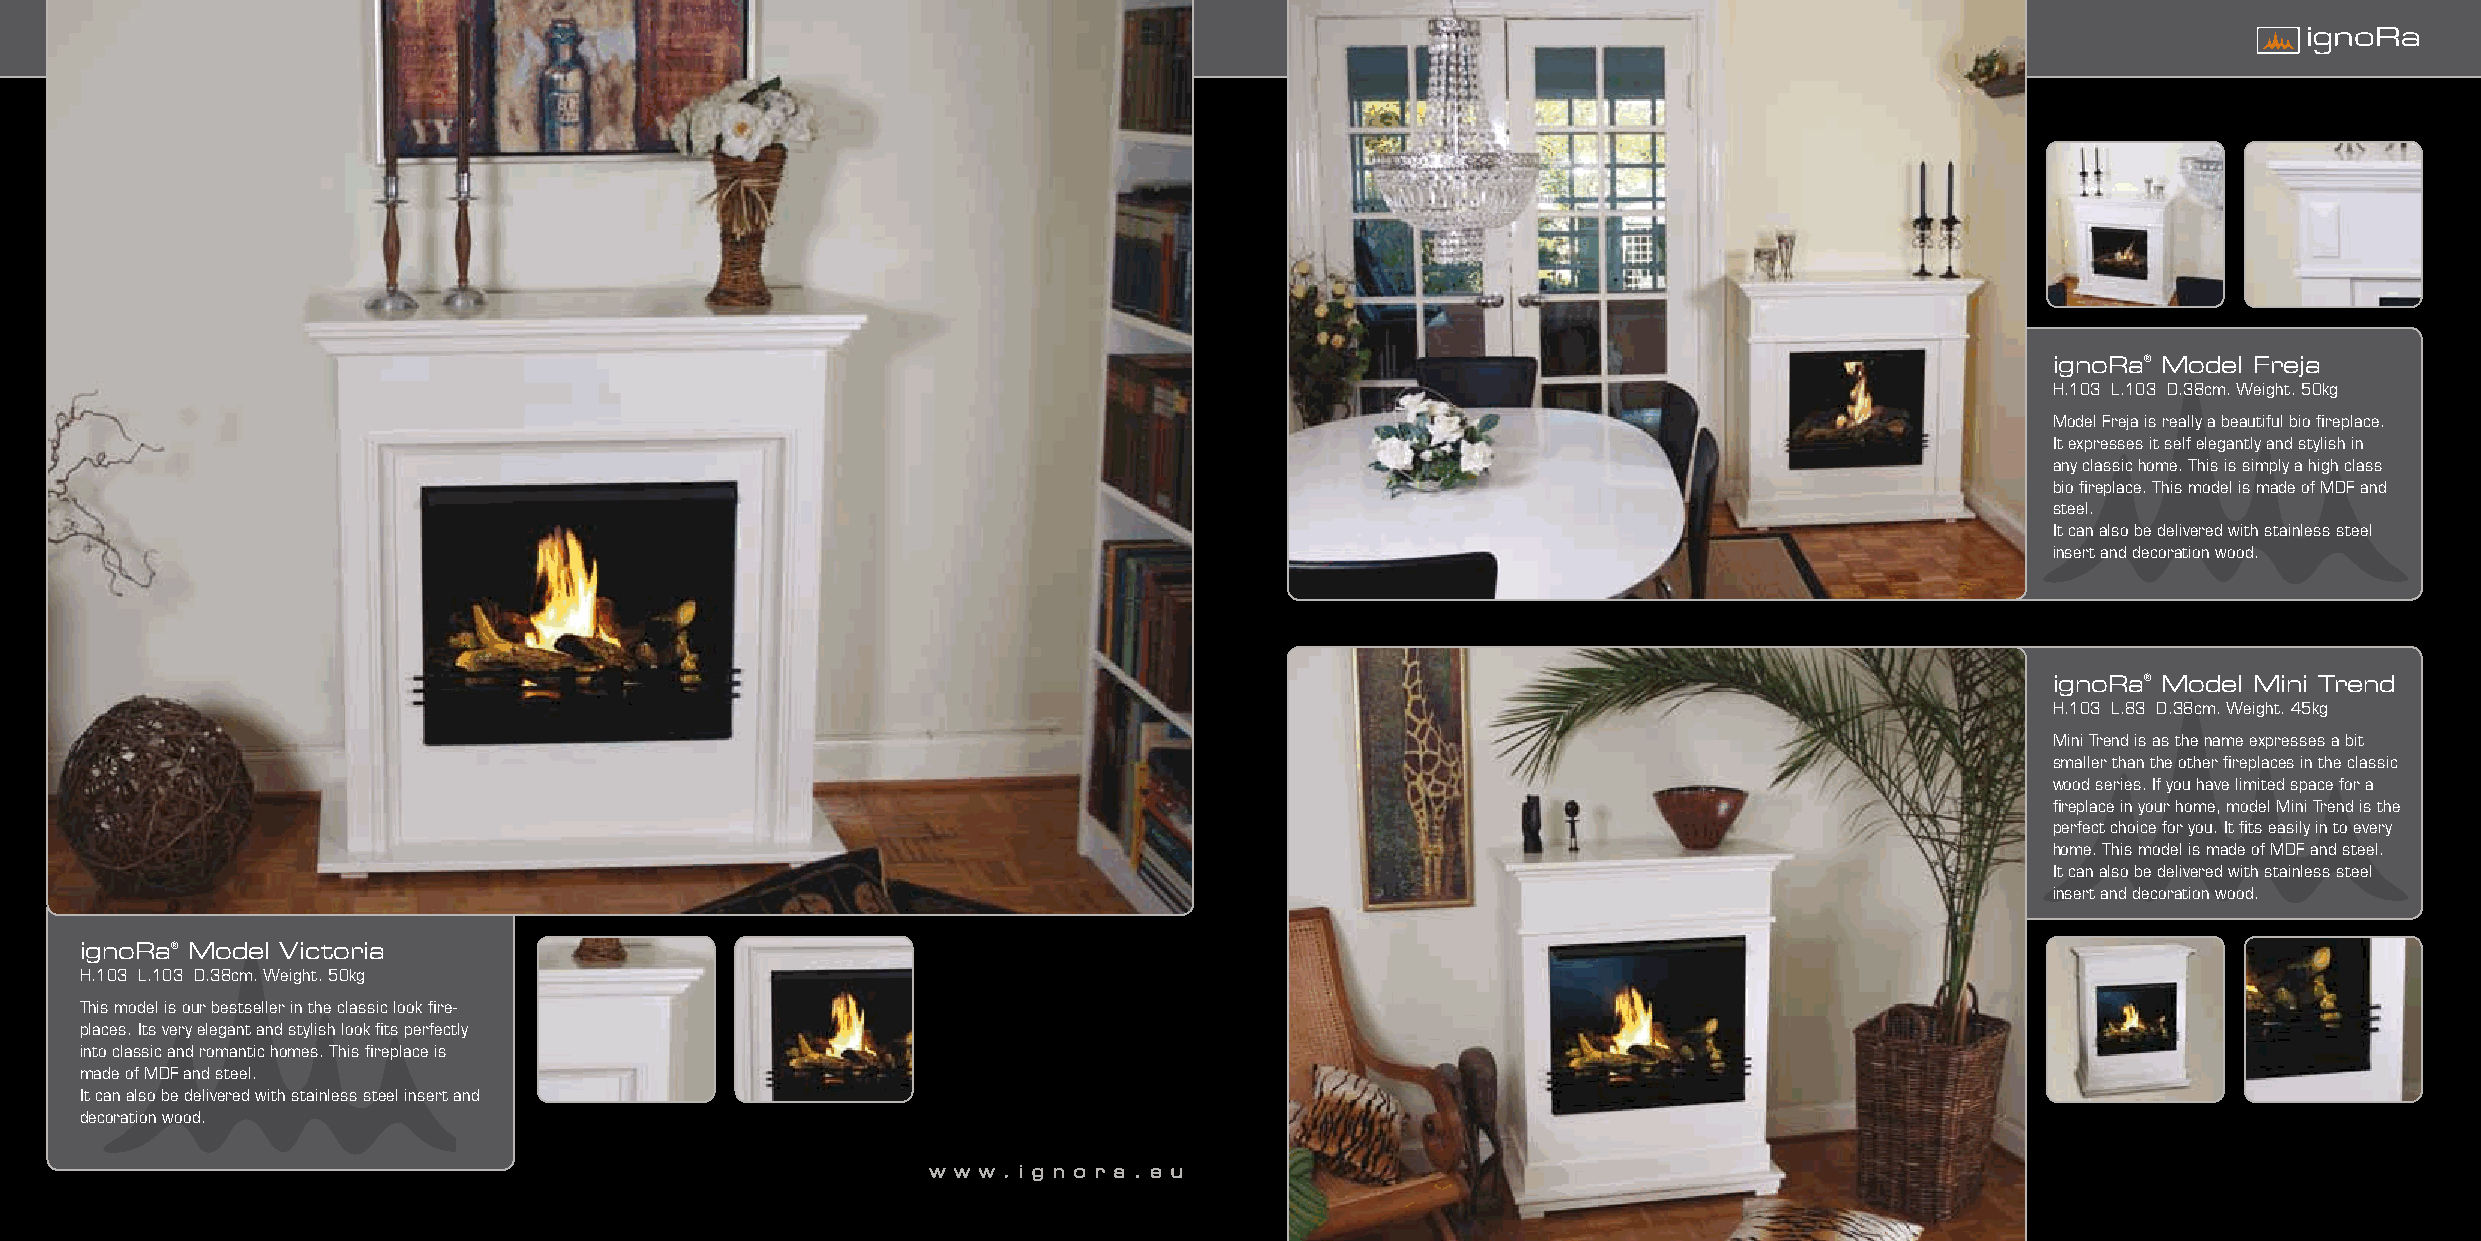
ignoRa® Model Freja
 H.103 L.103 D.38cm. Weight. 50kg
 Model Freja is really a beautiful bio fireplace.
 It expresses it self elegantly and stylish in
 any classic home. This is simply a high class
 bio fireplace. This model is made of MDF and
 steel.
 It can also be delivered with stainless steel
 insert and decoration wood.
 ignoRa® Model Mini Trend
 H.103 L.83 D.38cm. Weight. 45kg
 Mini Trend is as the name expresses a bit
 smaller than the other fireplaces in the classic
 wood series. If you have limited space for a
 fireplace in your home, model Mini Trend is the
 perfect choice for you. It fits easily in to every
 home. This model is made of MDF and steel.
 It can also be delivered with stainless steel
 insert and decoration wood.
 ignoRa® Model Victoria
 H.103 L.103 D.38cm. Weight. 50kg
 This model is our bestseller in the classic look fire-
 places. Its very elegant and stylish look fits perfectly
 into classic and romantic homes. This fireplace is
 made of MDF and steel.
 It can also be delivered with stainless steel insert and
 decoration wood.
 w w w . i g n o r a . e u